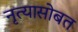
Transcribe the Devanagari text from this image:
नृत्यासोबत